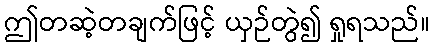
ဤတဆဲ့တချက်ဖြင့် ယှဉ်တွဲ၍ ရှုရသည်။